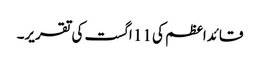
قائداعظم کی 11 اگست کی تقریر۔